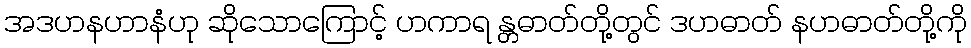
အဒဟနဟာနံဟု ဆိုသောကြောင့် ဟကာရ န္တဓာတ်တို့တွင် ဒဟဓာတ် နဟဓာတ်တို့ကို